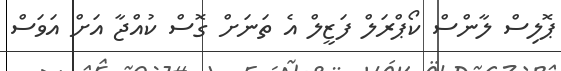
ޕޮލިސް ލާންސް ކޯޕްރަލް ފަޒީލް އެ ތަނަށް ގޮސް ކުއްޖާ އަށް އަވަސް